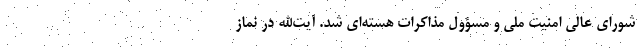
شورای عالی امنیت ملی و مسؤول مذاکرات هسته‌ای شد. آیت‌الله در نماز